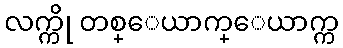
လက္ကို တစ္ေယာက္ေယာက္က